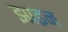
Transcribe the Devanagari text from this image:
झाइन